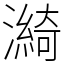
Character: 𤀽